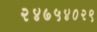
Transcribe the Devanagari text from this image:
२४७५४०२९